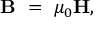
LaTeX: \mathbf { B } \ = \ \mu _ { 0 } \mathbf { H } ,